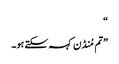
“
”تم مُنڈن کہہ سکتے ہو۔